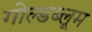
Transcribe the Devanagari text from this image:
गोल्डब्लूम